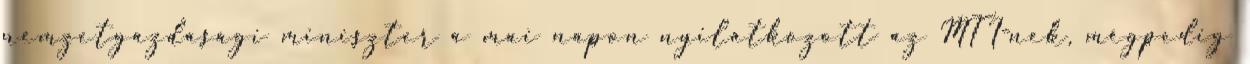
nemzetgazdasági miniszter a mai napon nyilatkozott az MTI-nek, mégpedig